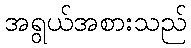
အရွယ်အစားသည်